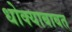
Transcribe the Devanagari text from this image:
धोक्याबाबत